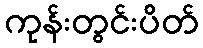
ကုန်းတွင်းပိတ်